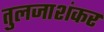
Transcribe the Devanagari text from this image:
तुलजाशंकर